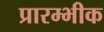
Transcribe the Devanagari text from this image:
प्रारम्भीक